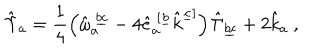
\hat { \Upsilon } _ { a } = \frac { 1 } { 4 } \left( \hat { \omega } _ { a } ^ { \ \underline { { { b c } } } } - 4 \hat { e } _ { a } ^ { \ [ \underline { { { b } } } } \hat { k } ^ { \underline { { { c } } } ] } \right) \hat { \Gamma } _ { \underline { { { b c } } } } + 2 \hat { k } _ { a } \ ,